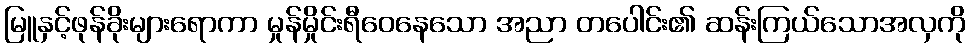
မြူနှင့်ဖုန်ခိုးများရောကာ မှုန်မှိုင်းရီဝေနေသော အညာ တပေါင်း၏ ဆန်းကြယ်သောအလှကို